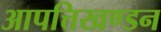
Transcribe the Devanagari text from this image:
आपत्तिखण्डन